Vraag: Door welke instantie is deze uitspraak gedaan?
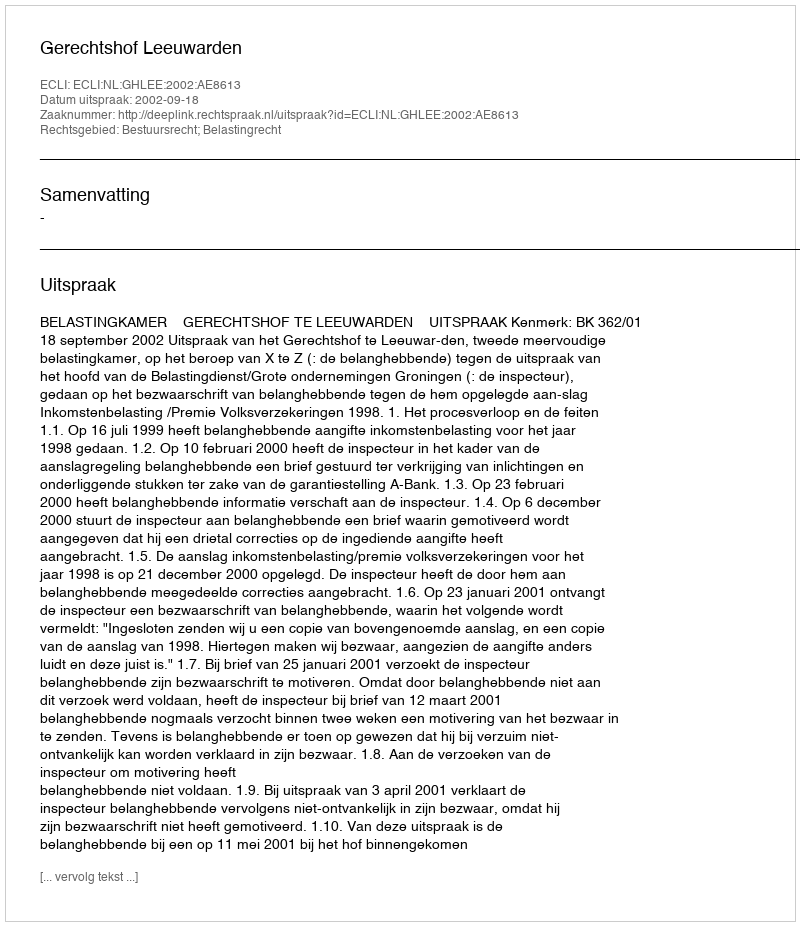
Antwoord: Gerechtshof Leeuwarden